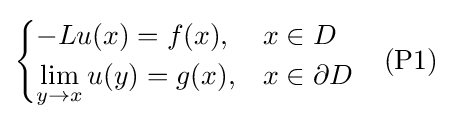
{\begin{cases}-Lu(x)=f(x),&x\in D\\\displaystyle {\lim _{y\to x}u(y)}=g(x),&x\in \partial D\end{cases}}\quad {\mbox{(P1)}}